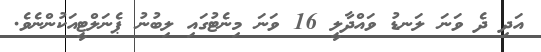
އަދި ދެ ވަނަ ލަނޑު ވައްދާލީ 16 ވަނަ މިނެޓުގައި ލިބުނު ޕެނަލްޓީއަކުންނެވެ.